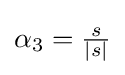
\alpha _{3}={\tfrac {s}{|s|}}